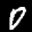
Label: 0